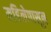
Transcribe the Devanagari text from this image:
महिलेपासून